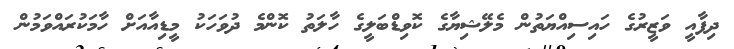
ދިފާއީ ވަޒީރުގެ ހައިސިއްޔަތުން މެލޭޝިޔާގެ ކޮވިޑްބަލީގެ ހާލަތު ކޮންމެ ދުވަހަކު މީޑިއާއަށް ހާމަކުރައްވަމުން